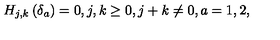
H _ { j , k } \left( \delta _ { a } \right) = 0 , j , k \geq 0 , j + k \neq 0 , a = 1 , 2 ,